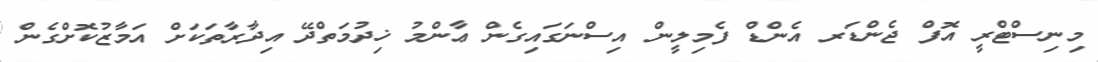
މިނިސްޓްރީ އޮފް ޖެންޑަރ އެންޑް ފެމިލީން އިސްނަގައިގެން ޢާންމު ޚިދުމަތްދޭ އިދާރާތަކަށް އަމާޒުކޮށްގެން